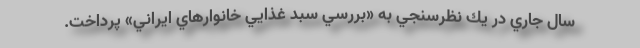
سال جاري در يك نظرسنجي به «بررسي سبد غذايي خانوارهاي ايراني» پرداخت.